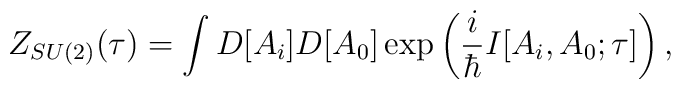
Z_{SU(2)}(\tau) = \int D[A_i]D[A_0] \exp\left(\frac{i}{\hbar} I[A_i,A_0;\tau]\right),